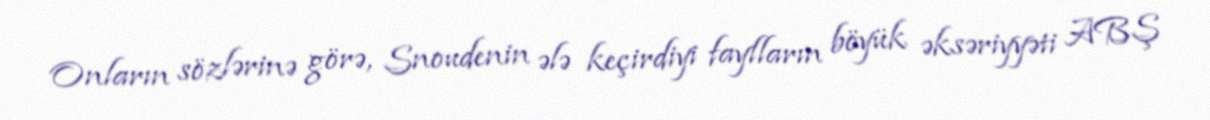
Onların sözlərinə görə, Snoudenin ələ keçirdiyi faylların böyük əksəriyyəti ABŞ